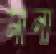
মীনা